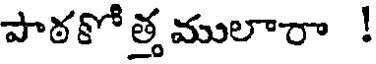
పాఠకో త్త ములారా !